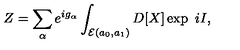
Z = \sum _ { \alpha } e ^ { i g _ { \alpha } } \int _ { { \cal E } ( a _ { 0 } , a _ { 1 } ) } D [ X ] \exp \ i I ,